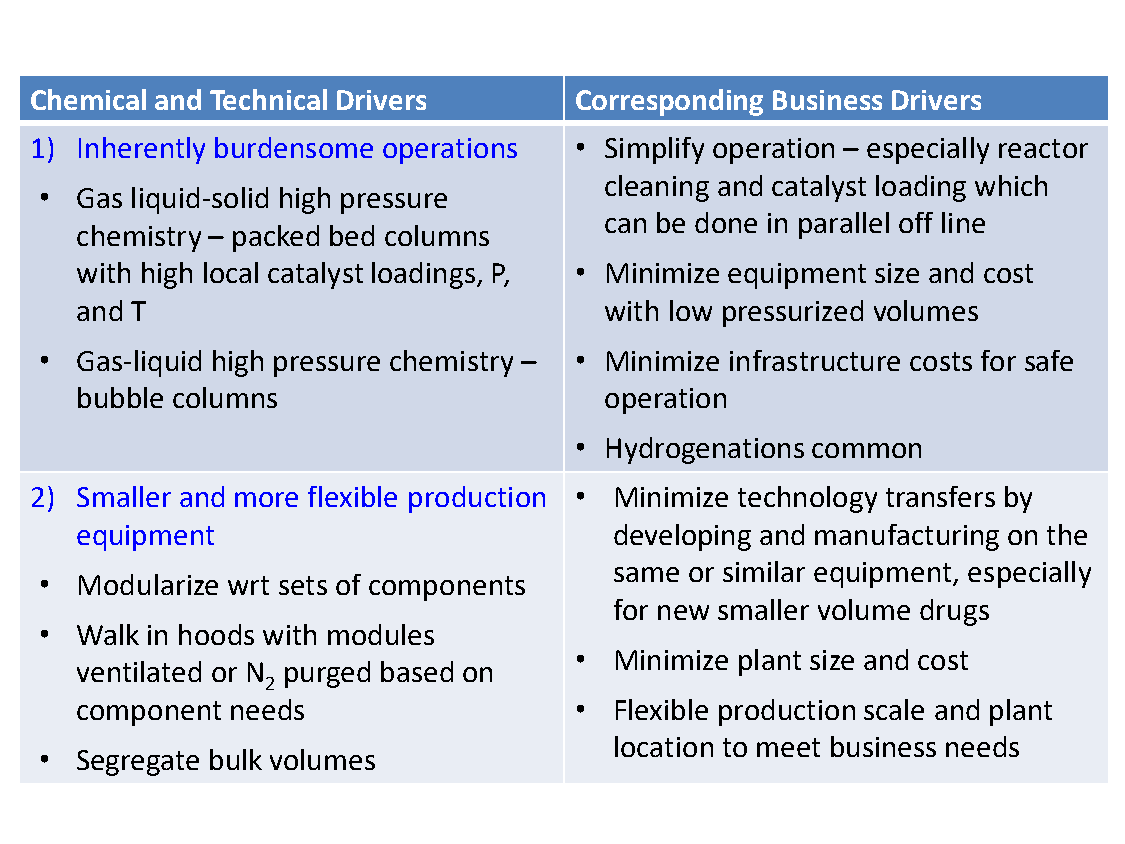
Chemical and Technical Drivers      Corresponding Business Drivers
 1) Inherently burdensome operations • Simplify operation – especially reactor
 cleaning and catalyst loading which
 • Gas liquid-solid high pressure
 can be done in parallel off line
 chemistry – packed bed columns
 with high local catalyst loadings, P, • Minimize equipment size and cost
 and T                              with low pressurized volumes
 • Gas-liquid high pressure chemistry – • Minimize infrastructure costs for safe
 bubble columns                     operation
 • Hydrogenations common
 2) Smaller and more flexible production • Minimize technology transfers by
 equipment                           developing and manufacturing on the
 same or similar equipment, especially
 • Modularize wrt sets of components
 for new smaller volume drugs
 • Walk in hoods with modules
 •  Minimize plant size and cost
 ventilated or N purged based on
 2
 component needs                  •  Flexible production scale and plant
 location to meet business needs
 • Segregate bulk volumes